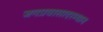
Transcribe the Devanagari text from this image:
जगप्रवासादरम्यान